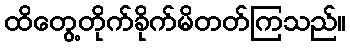
ထိတွေ့တိုက်ခိုက်မိတတ်ကြသည်။